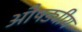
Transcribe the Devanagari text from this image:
औषड्यीय